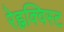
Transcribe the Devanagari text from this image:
रेह्नक्विस्ट